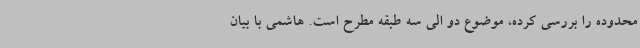
محدوده را بررسی کرده، موضوع دو الی سه طبقه مطرح است. هاشمی با بیان